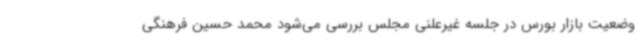
وضعیت بازار بورس در جلسه غیرعلنی مجلس بررسی می‌شود محمد حسین فرهنگی